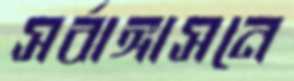
সর্বাঙ্গাসনে